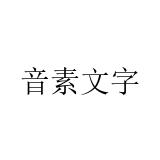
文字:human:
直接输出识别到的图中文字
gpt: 音素文字